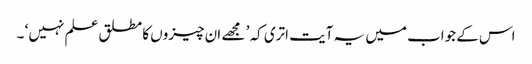
اس کے جواب میں یہ آیت اتری کہ ’ مجھے ان چیزوں کا مطلق علم نہیں ‘ ۔